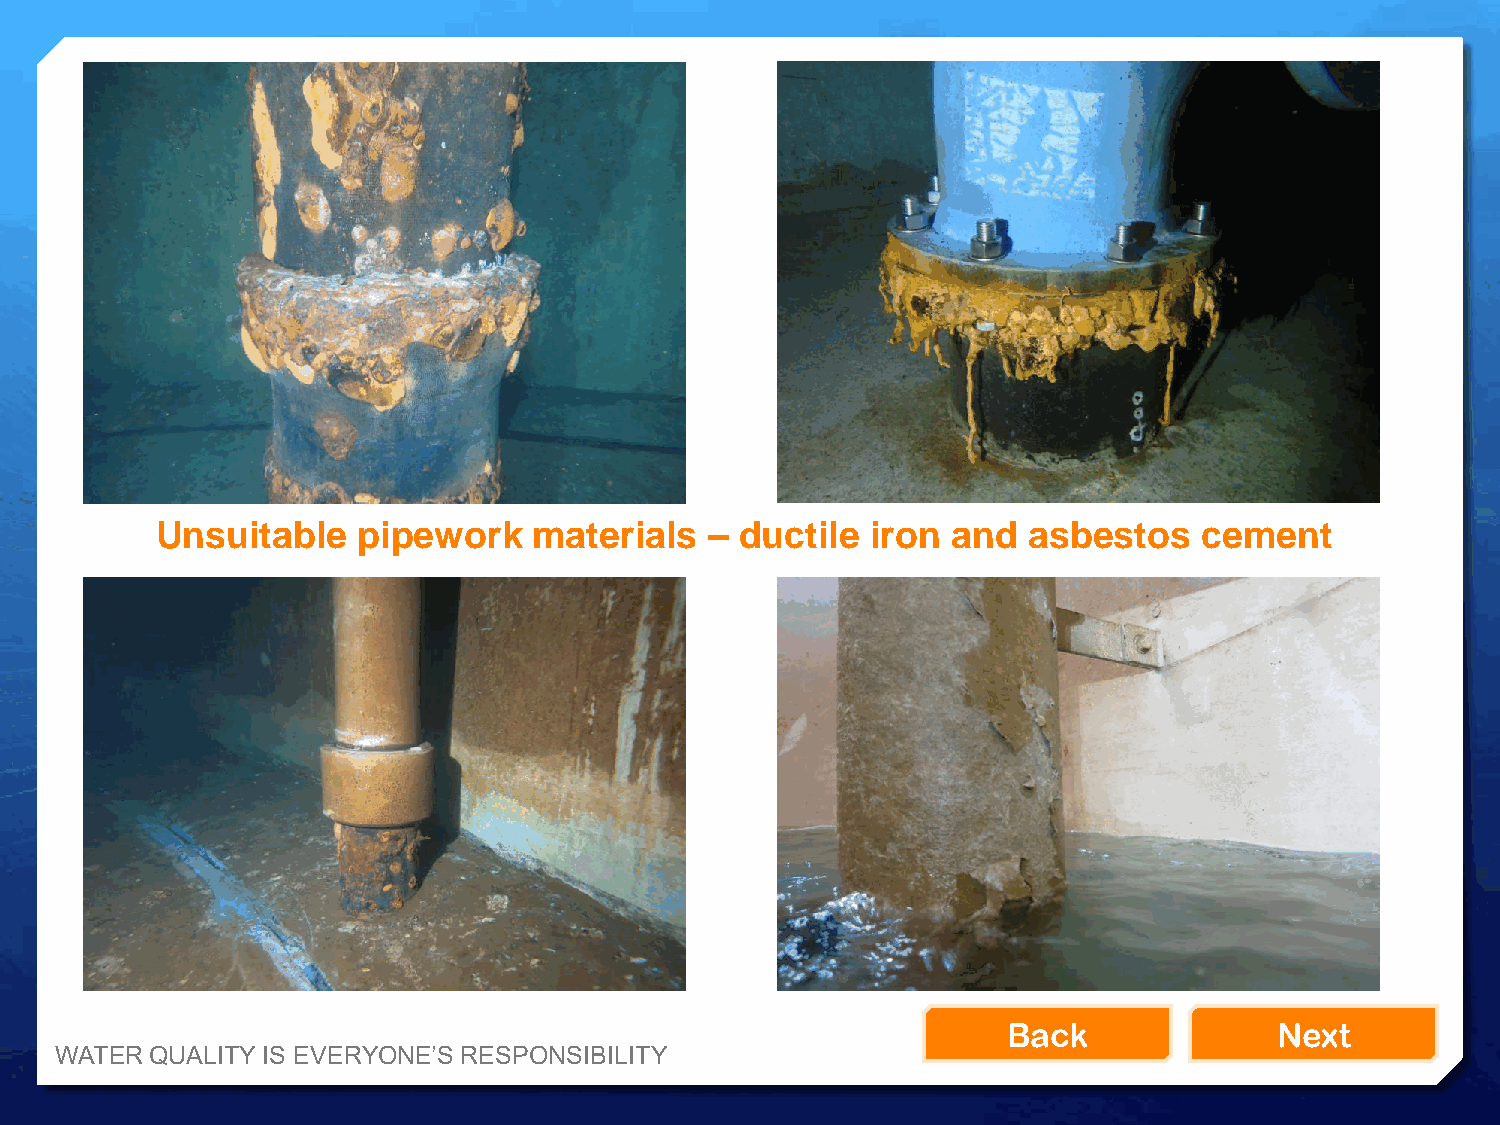
Unsuitable    pipework   materials   – ductile  iron and  asbestos    cement
 Back              Next
 WATER QUALITY IS EVERYONE’S RESPONSIBILITY